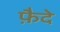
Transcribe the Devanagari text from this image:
फ़ैदे